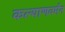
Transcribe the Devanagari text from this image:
कल्याणवर्मन